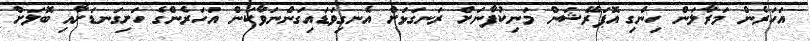
އަހަރެން މަރާލަން ހިންގި އޮޕަރޭޝަން މަނިކުފާނަށް ރަނގަޅަށް އެނގިވަޑައިގަންނަވާކަން އަހަރެންގެ ހަށިގަނޑަށާއި ބޮލަށް